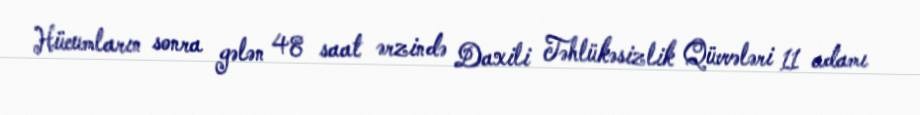
Hücumların sonra gələn 48 saat ərzində Daxili Təhlükəsizlik Qüvvələri 11 adamı